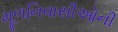
મૂળનિવાસીઓની